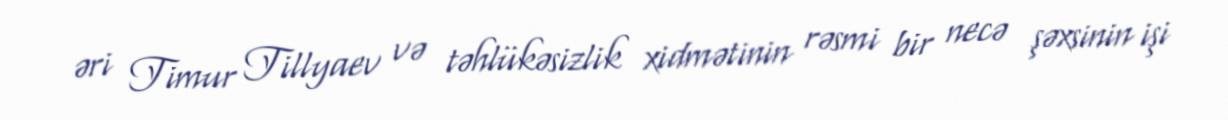
əri Timur Tillyaev və təhlükəsizlik xidmətinin rəsmi bir necə şəxsinin işi